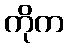
ကိုက